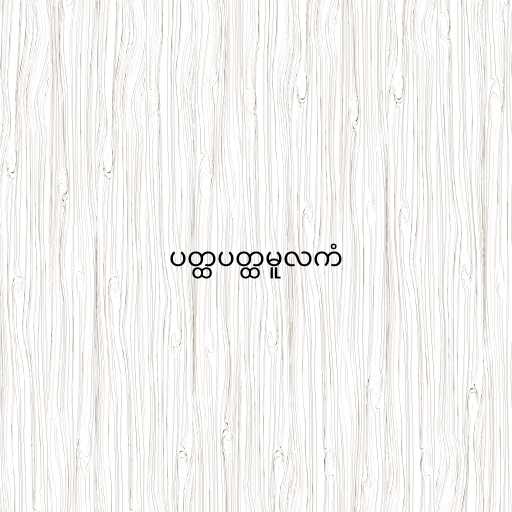
ပတ္ထပတ္ထမူလကံ